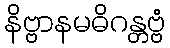
နိဗ္ဗာနမဓိဂန္တဗ္ဗံ